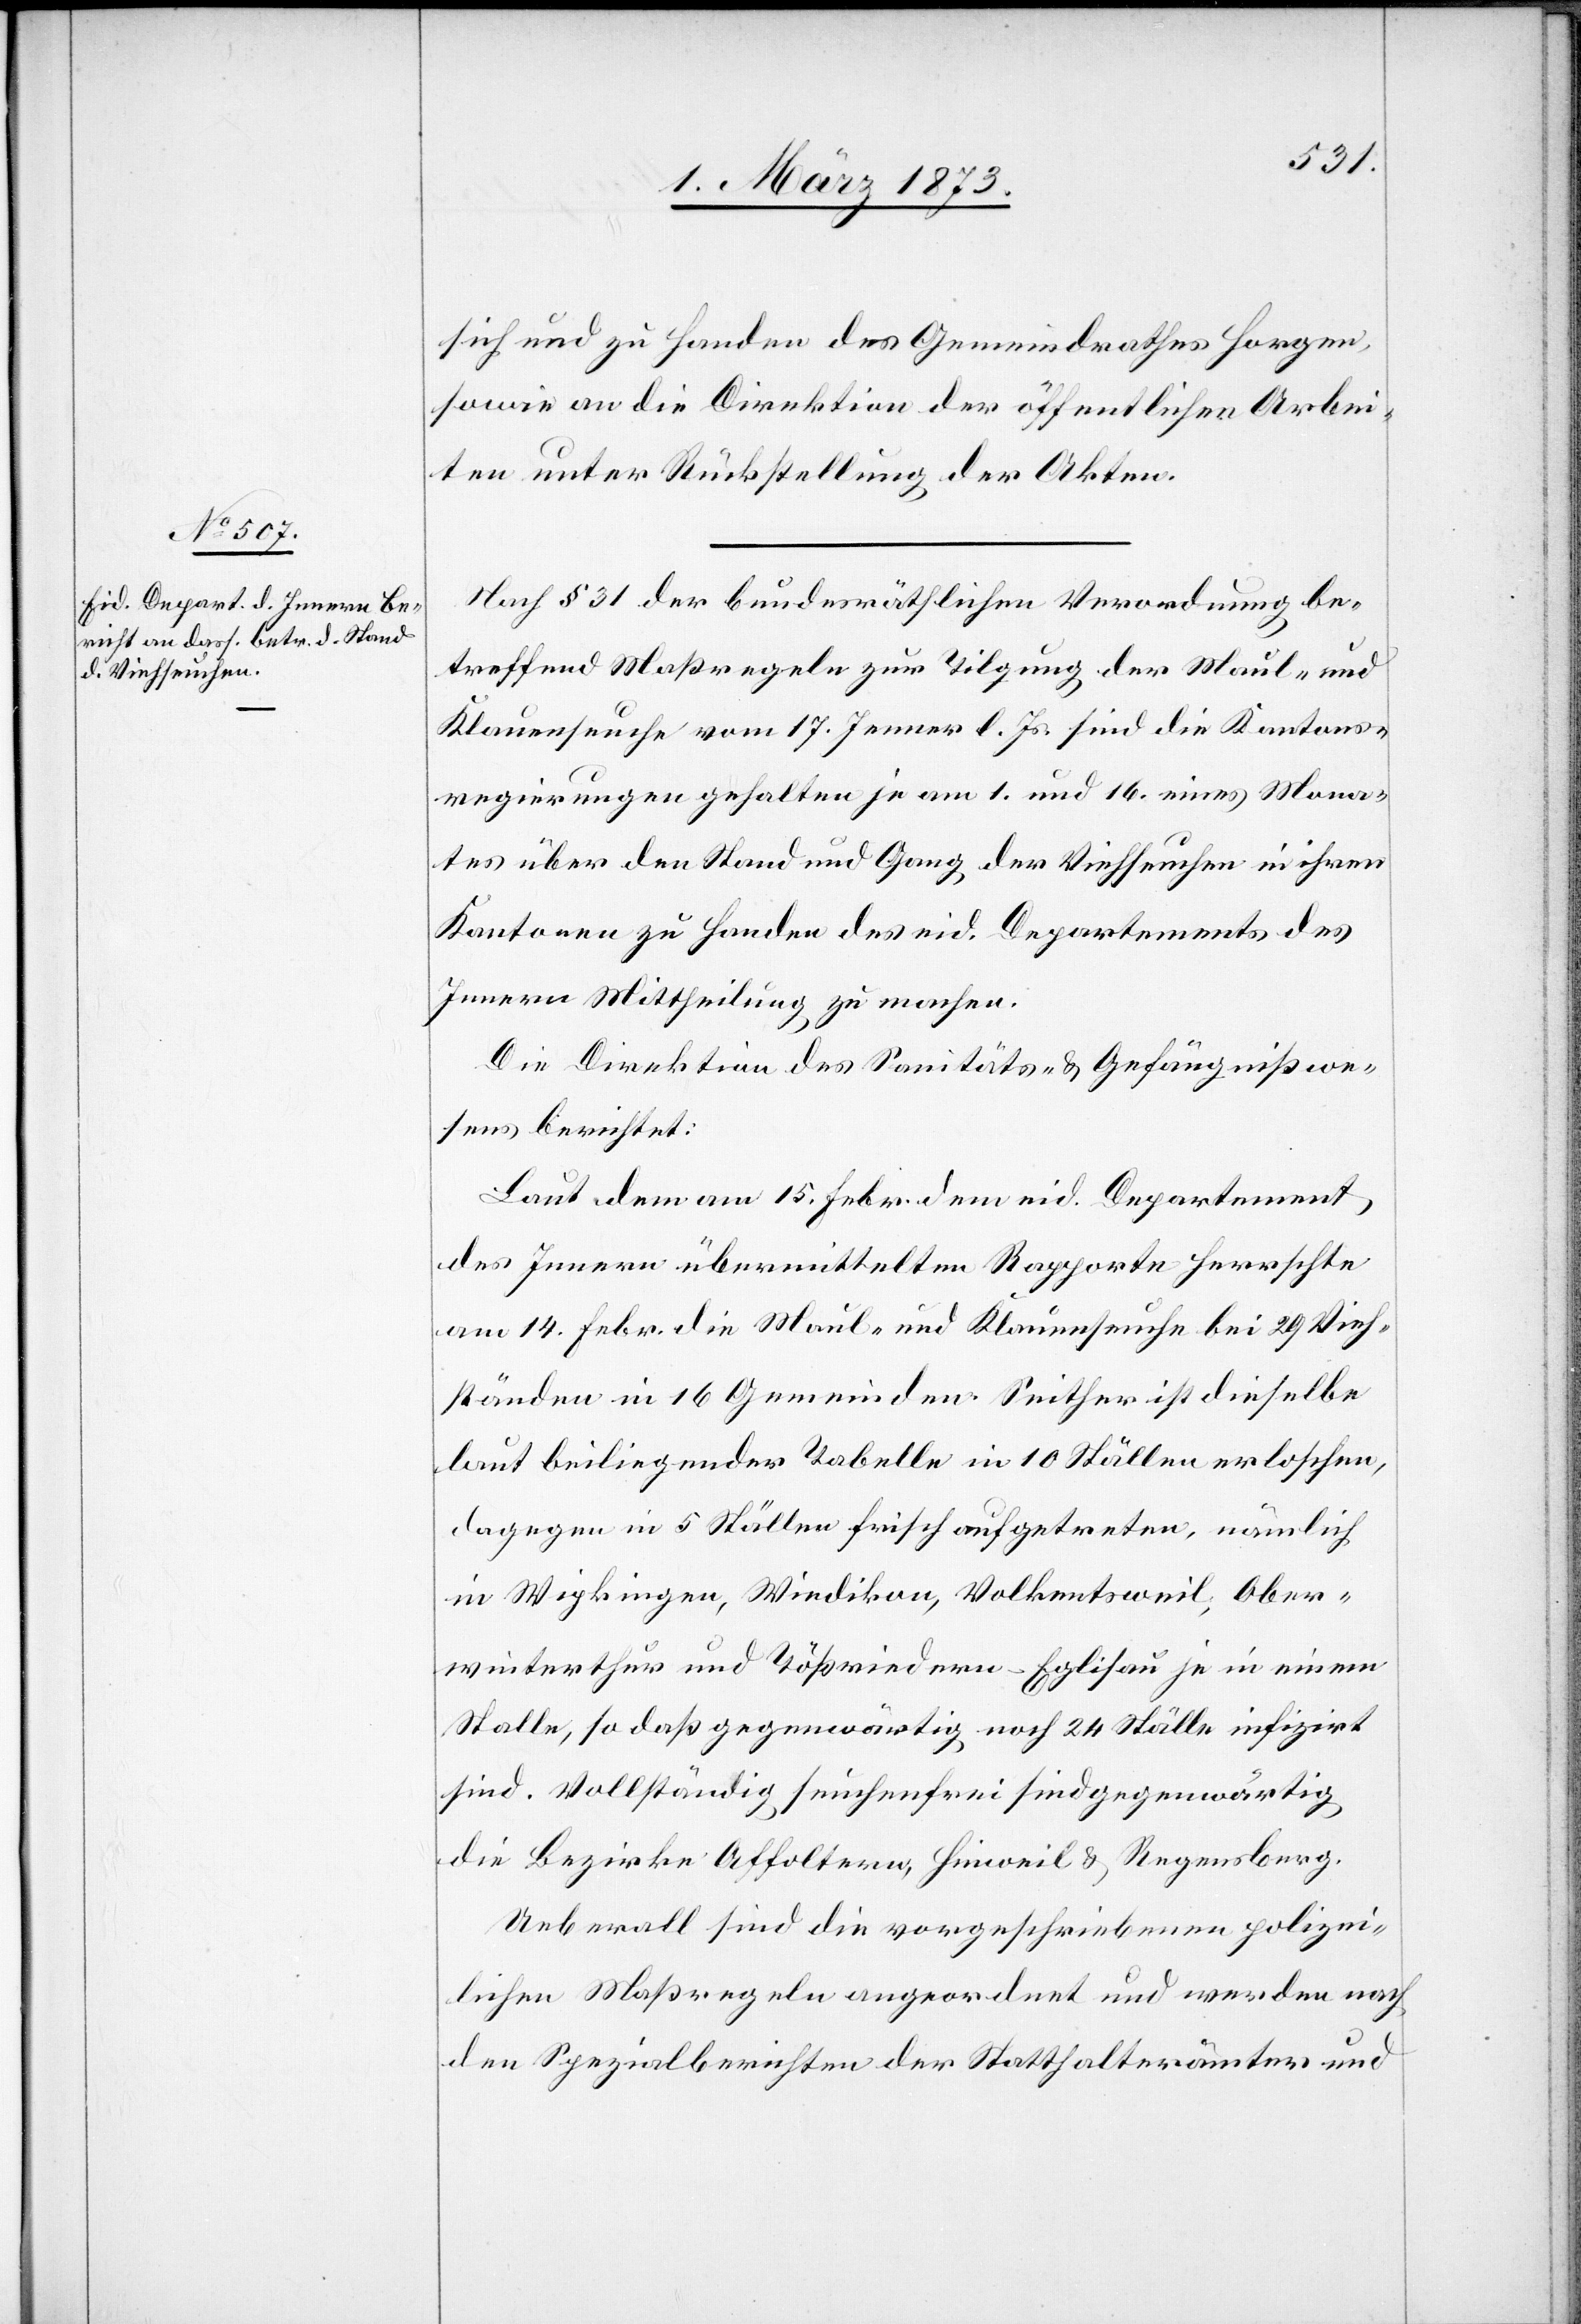
sich und zu Handen des Gemeindrathes Horgen
sowie an die Direktion der öffentlichen Arbei¬
ten unter Rückstellung der Akten.
Nach § 31 der bundesräthlichen Verordnung be¬
treffend Maßregeln zur Tilgung der Maul- und
Klauenseuche vom 17. Jenner l. Js. sind die Kantons¬
regierungen gehalten je am 1. und 16. eines Mona¬
tes über den Stand und Gang der Viehseuchen in ihren
Kantonen zu Handen des eid. Departements des
Innern Mittheilung zu machen.
Die Direktion des Sanitäts- u. Gefängnißwe¬
sens berichtet:
Laut dem am 15. Febr. dem eid. Departement
des Innern übermittelten Rapporte herrschte
am 14. Febr. die Maul- und Klauenseuche bei 29 Vieh¬
ständen in 16 Gemeinden. Seither ist dieselbe
laut beiliegender Tabelle in 10 Ställen erloschen,
dagegen in 5 Ställen frisch aufgetreten, nämlich
in Wipkingen, Wiedikon, Volkentsweil, Ober¬
winterthur und Tößriedern-Eglisau je in einem
Stalle, so daß gegenwärtig noch 24 Ställe infizirt
sind. Vollständig seuchenfrei sind gegenwärtig
die Bezirke Affoltern, Hinweil u. Regensberg.
Ueberall sind die vorgeschriebenen polizei¬
lichen Maßregeln angeordnet und werden nach
den Spezialberichten der Statthalterämter und